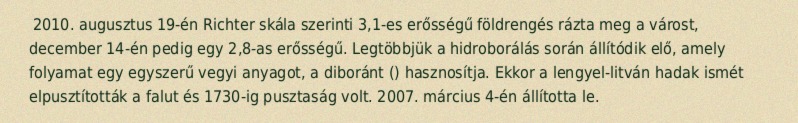
2010. augusztus 19-én Richter skála szerinti 3,1-es erősségű földrengés rázta meg a várost, december 14-én pedig egy 2,8-as erősségű. Legtöbbjük a hidroborálás során állítódik elő, amely folyamat egy egyszerű vegyi anyagot, a diboránt () hasznosítja. Ekkor a lengyel-litván hadak ismét elpusztították a falut és 1730-ig pusztaság volt. 2007. március 4-én állította le.